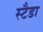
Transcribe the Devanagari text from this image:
स्टैडा